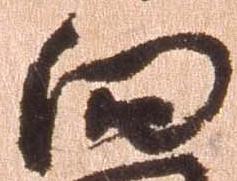
向